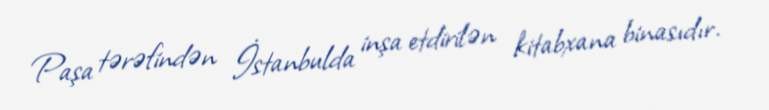
Paşa tərəfindən İstanbulda inşa etdirilən kitabxana binasıdır.